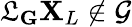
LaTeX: \mathfrak{L}_{\mathbf{G}}\mathbf{X}_{L}\notin\mathcal{G}